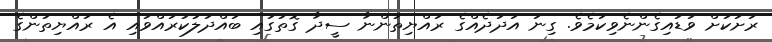
ރަށަކަށް ވަޑައިގެންނެވިކަމެވެ. ގިނަ އަދަދެއްގެ ރައްޔިތުންނާ ސީދާ ގޮތުގައި ބައްދަލުކުރައްވައި އެ ރައްޔިތުންގެ